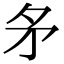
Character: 𭿶